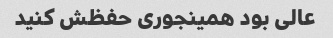
عالی بود همینجوری حفظش کنید